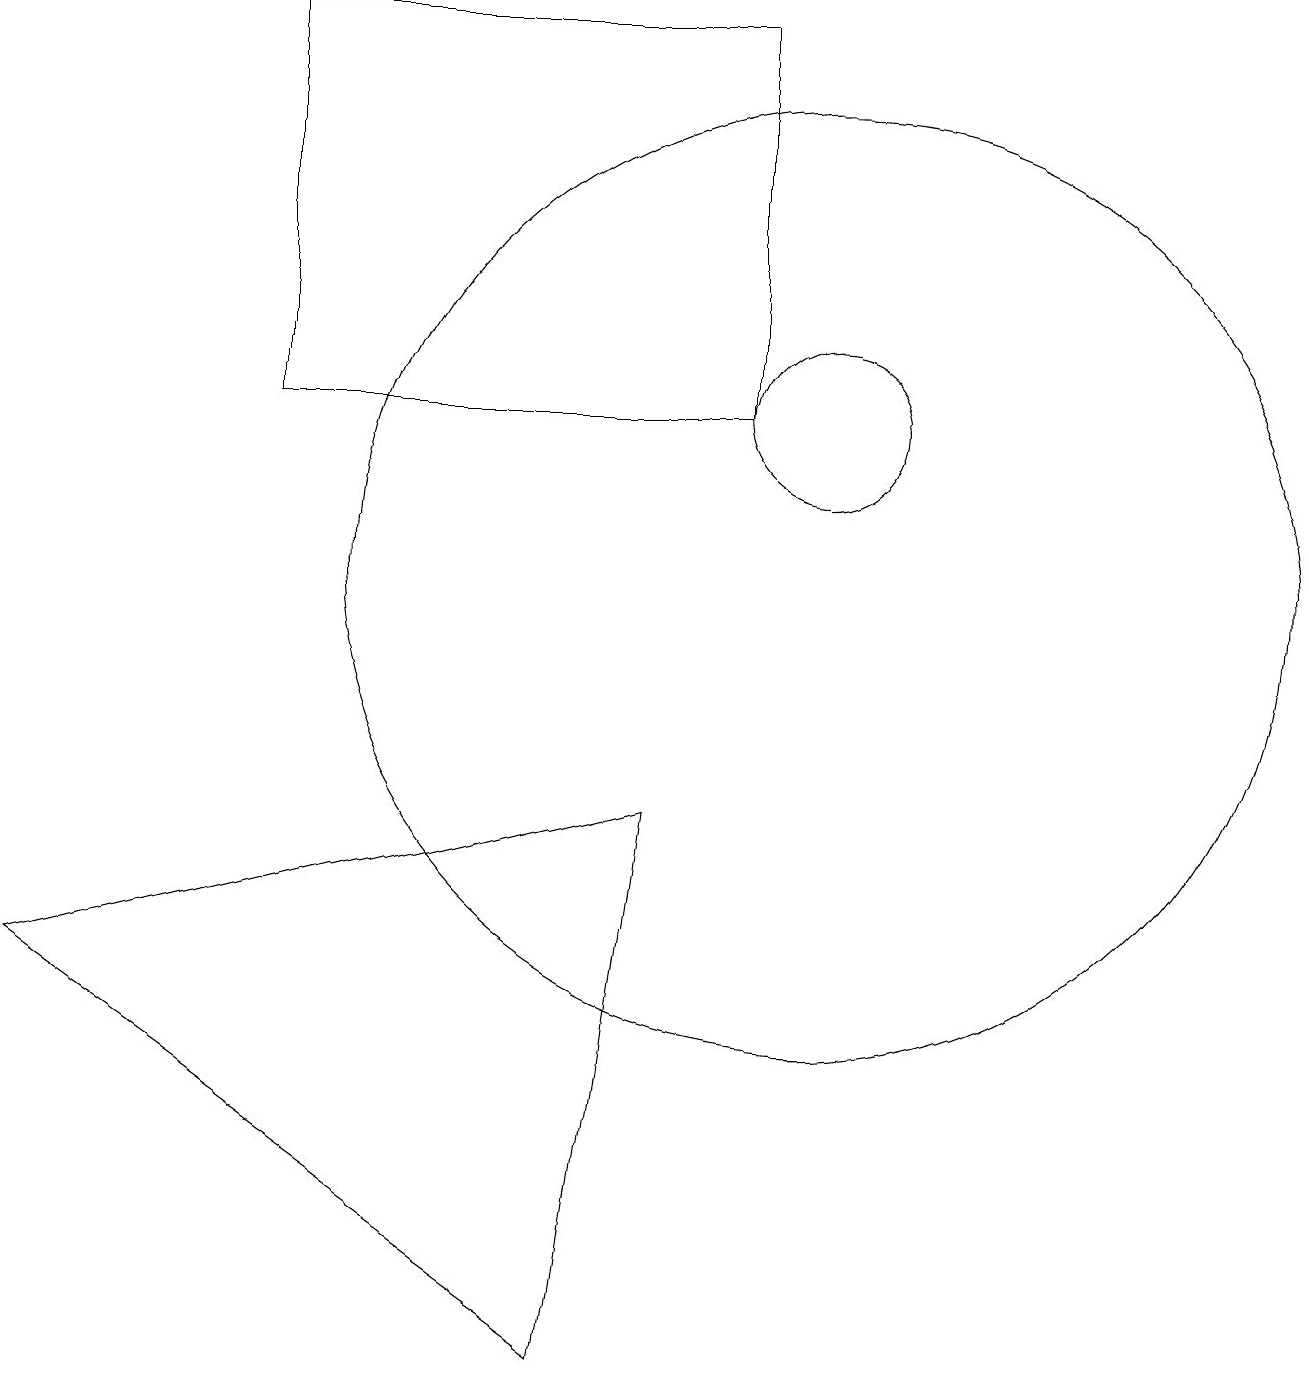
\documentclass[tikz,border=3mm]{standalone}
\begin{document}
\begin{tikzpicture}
\draw (10,10) circle (6);
\draw (3,12) rectangle (9,17);
\draw (7,0) -- (0,5) -- (8,7) -- cycle;
\draw (10,12) circle (1);
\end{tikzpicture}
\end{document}